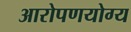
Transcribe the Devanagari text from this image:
आरोपणयोग्य